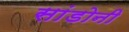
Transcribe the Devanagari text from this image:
सांडोनी